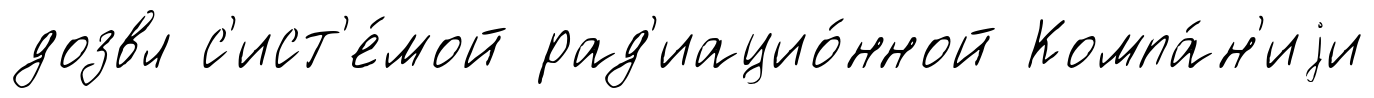
дозвл с'ист'е́мой рад'иацио́нной Компа́н'иjи